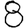
Digit: 8